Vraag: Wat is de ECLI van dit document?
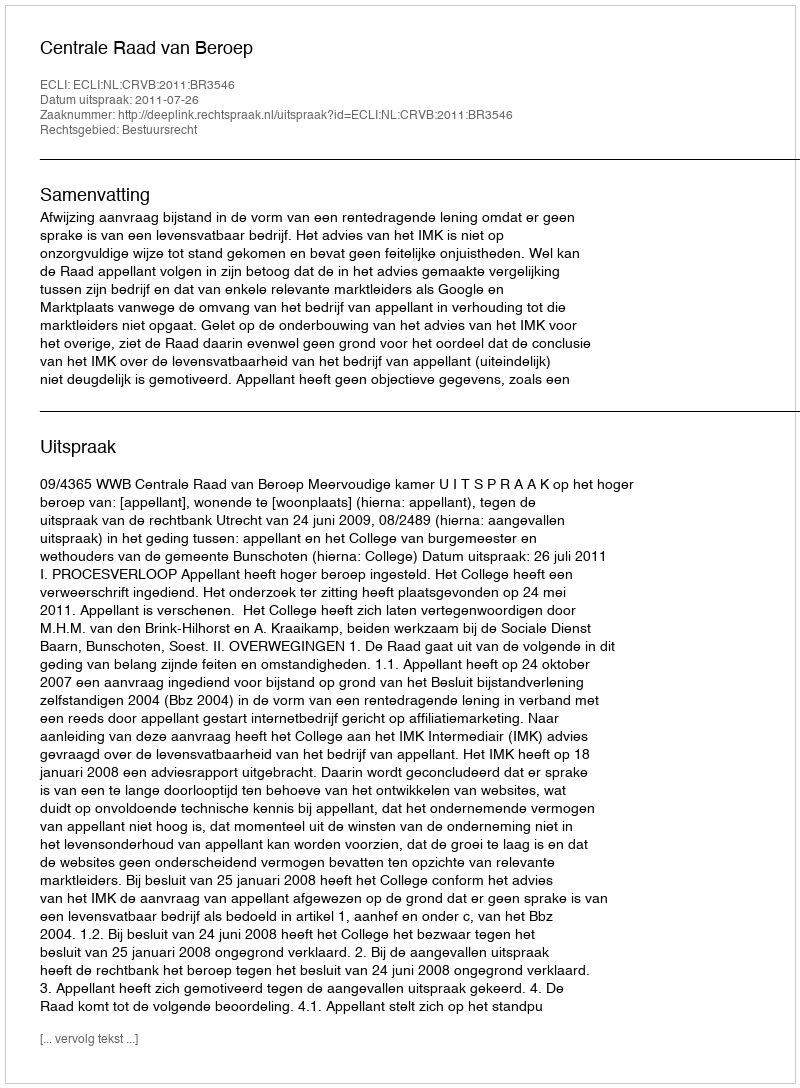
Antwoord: ECLI:NL:CRVB:2011:BR3546